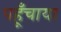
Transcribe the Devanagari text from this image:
पहूँचाया